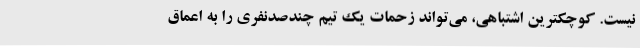
نیست. کوچکترین اشتباهی، می‌تواند زحمات یک تیم چندصدنفری را به اعماق